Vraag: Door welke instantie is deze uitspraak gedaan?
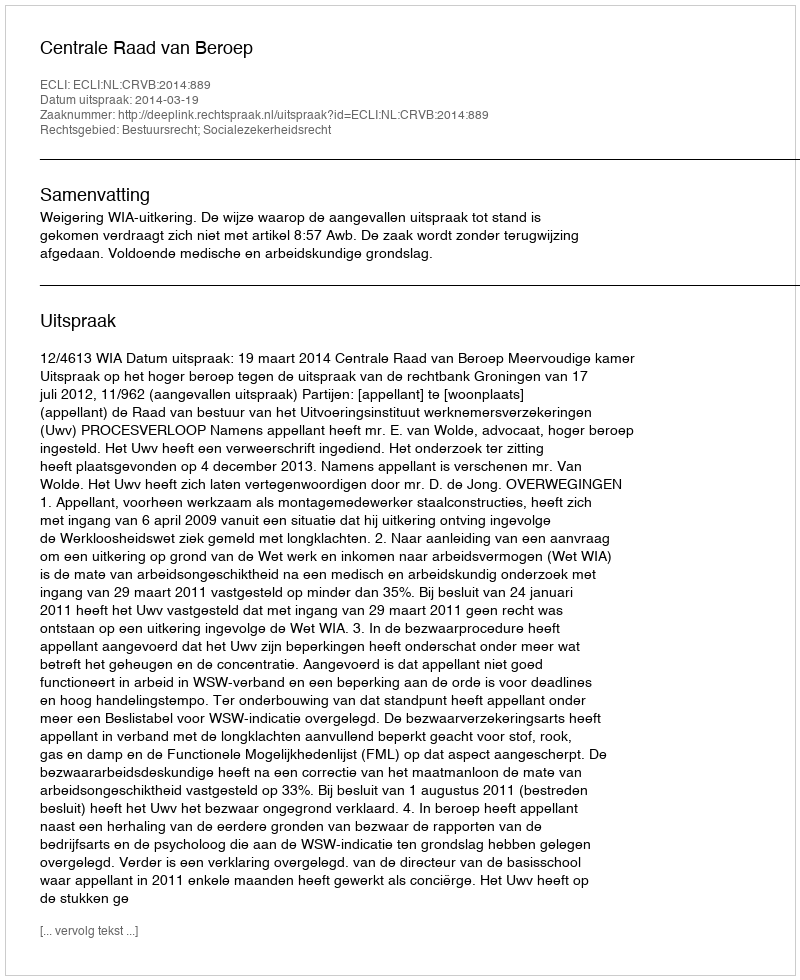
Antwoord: Centrale Raad van Beroep